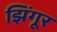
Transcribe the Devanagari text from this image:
झिंगूर